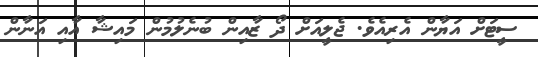
ސީޓަށް އަޔާން އެރިއެވެ. ޖެލީއަށް ދޯ ޒާއިން ބުނެލުމުން މައިޝާ އާއި އަނާން